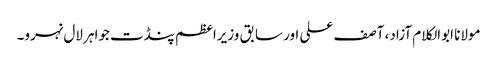
مولانا ابوالکلام آزاد، آصف علی اور سابق وزیراعظم پنڈت جواہر لال نہرو۔